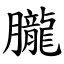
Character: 朧